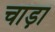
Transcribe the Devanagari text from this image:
चाड़ा